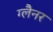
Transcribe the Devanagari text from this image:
ग्लैनर